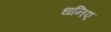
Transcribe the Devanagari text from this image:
धनिए